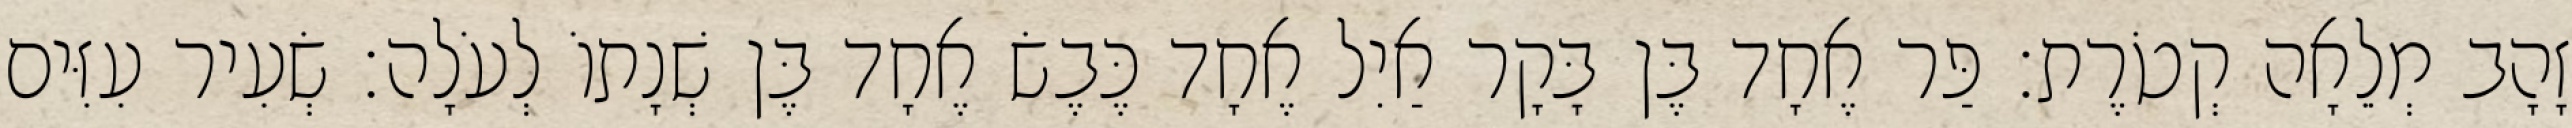
זָהָב מְלֵאָה קְטֹרֶת׃ פַּר אֶחָד בֶּן בָּקָר אַיִל אֶחָד כֶּבֶשׂ אֶחָד בֶּן שְׁנָתוֹ לְעֹלָה׃ שְׂעִיר עִזִּים